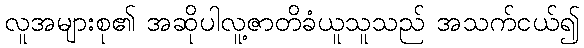
လူအများစု၏ အဆိုပါလူ့ဇာတိခံယူသူသည် အသက်ငယ်၍